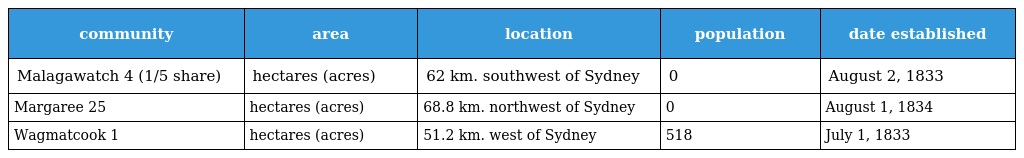
| community | area | location | population | date established |
 | --- | --- | --- | --- | --- |
 | Malagawatch 4 (1/5 share) | hectares (acres) | 62 km. southwest of Sydney | 0 | August 2, 1833 |
 | Margaree 25 | hectares (acres) | 68.8 km. northwest of Sydney | 0 | August 1, 1834 |
 | Wagmatcook 1 | hectares (acres) | 51.2 km. west of Sydney | 518 | July 1, 1833 |